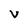
Character: V